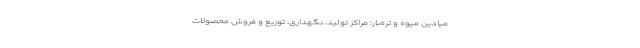
میادین میوه و تره‌بار؛ مراکز تولید، نگهداری، توزیع و فروش محصولات